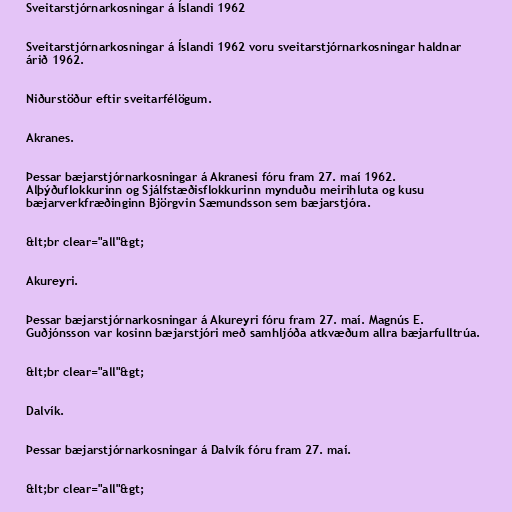
Sveitarstjórnarkosningar á Íslandi 1962

Sveitarstjórnarkosningar á Íslandi 1962 voru sveitarstjórnarkosningar haldnar
árið 1962.

Niðurstöður eftir sveitarfélögum.

Akranes.

Þessar bæjarstjórnarkosningar á Akranesi fóru fram 27. maí 1962.
Alþýðuflokkurinn og Sjálfstæðisflokkurinn mynduðu meirihluta og kusu
bæjarverkfræðinginn Björgvin Sæmundsson sem bæjarstjóra.

&lt;br clear="all"&gt;

Akureyri.

Þessar bæjarstjórnarkosningar á Akureyri fóru fram 27. maí. Magnús E.
Guðjónsson var kosinn bæjarstjóri með samhljóða atkvæðum allra bæjarfulltrúa.

&lt;br clear="all"&gt;

Dalvík.

Þessar bæjarstjórnarkosningar á Dalvík fóru fram 27. maí.

&lt;br clear="all"&gt;